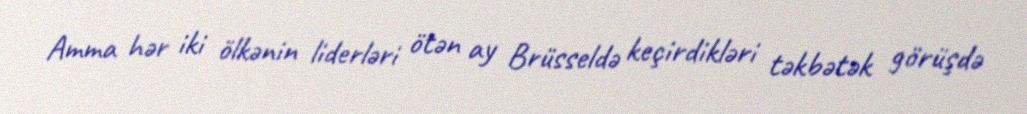
Amma hər iki ölkənin liderləri ötən ay Brüsseldə keçirdikləri təkbətək görüşdə